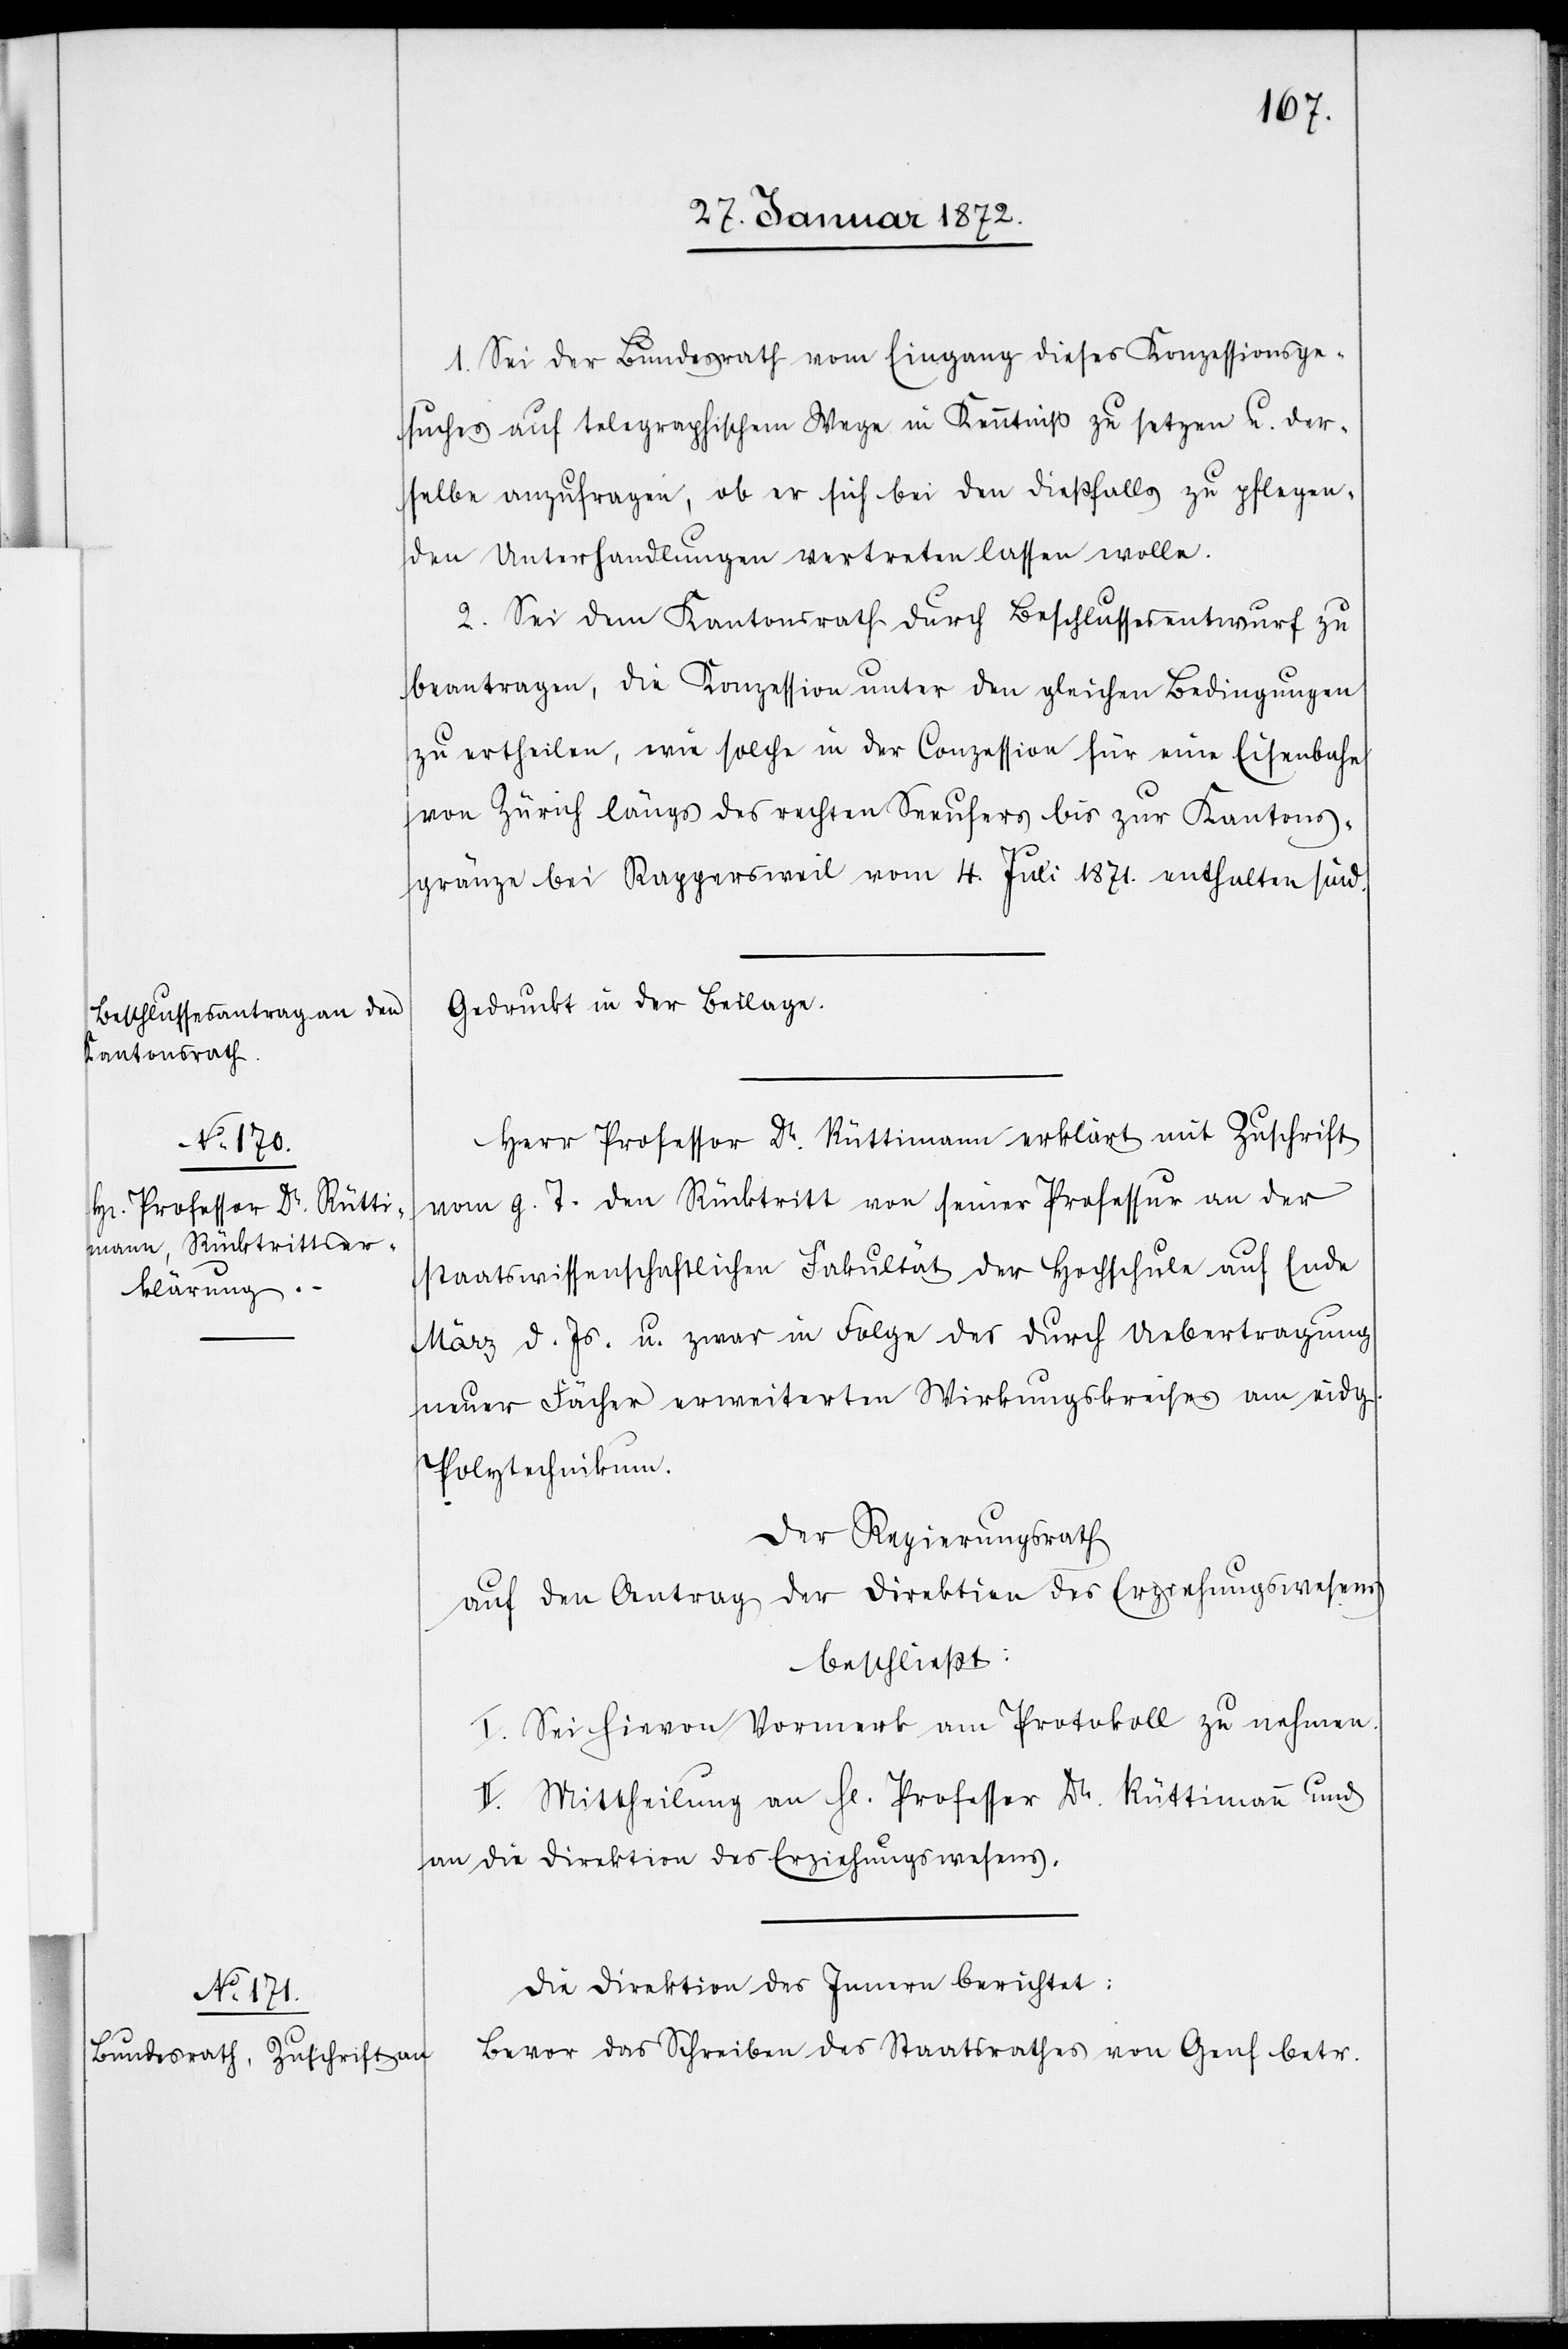
a-Beschlussesantrag an den
Kantonsrath.-a

1. Sei der Bundesrath vom Eingang dieses Konzessionsge¬
suches auf telegraphischem Wege in Kenntniß zu setzen u. der¬
selbe anzufragen, ob er sich bei den dießfalls zu pflegen¬
den Unterhandlungen vertreten lassen wolle.
2. Sei dem Kantonsrath durch Beschlussesentwurf zu
beantragen, die Konzession unter den gleichen Bedingungen
zu ertheilen, wie solche in der Conzession für eine Eisenbahn
von Zürich längs des rechten Seeufers bis zur Kantons¬
gränze bei Rappersweil vom 4. Juli 1871. enthalten sind.
Gedruckt in der Beilage.
Herr Professor Dr. Rüttimann erklärt mit Zuschrift
vom g. T. den Rücktritt von seiner Professur an der
Staatswissenschaftlichen Fakultät der Hochschule auf Ende
März d. Js. u. zwar in Folge des durch Uebertragung
neuer Fächer erweiterten Wirkungskreises am eidg.
Polytechnikum.
Der Regierungsrath
auf den Antrag der Direktion des Erziehungswesens
beschließt:
I. Sei hievon Vormerk am Protokoll zu nehmen.
II. Mittheilung an H[errn] Professor Dr. Rüttimann und
an die Direktion des Erziehungswesens.
Die Direktion des Innern berichtet:
Bevor das Schreiben des Staatsrathes von Genf betr.